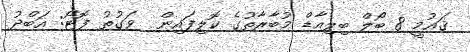
ޤައުމީ 8 ބޯލް ބިލިއާޑް މުބާރާތުގެ ކޮލިފައިން  ވަގުތު ފޮޓޯ: އަބްދު